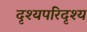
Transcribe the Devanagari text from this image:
दृश्यपरिदृश्य